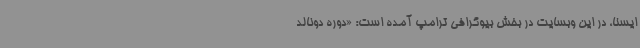
ایسنا، در این وبسایت در بخش بیوگرافی ترامپ آمده است: «دوره دونالد